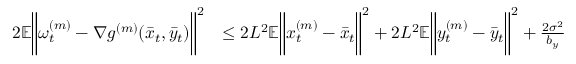
\begin{array} { r l } { 2 \mathbb { E } \bigg \| \omega _ { t } ^ { ( m ) } - \nabla g ^ { ( m ) } ( \bar { x } _ { t } , \bar { y } _ { t } ) \bigg \| ^ { 2 } } & { \leq 2 L ^ { 2 } \mathbb { E } \bigg \| x _ { t } ^ { ( m ) } - \bar { x } _ { t } \bigg \| ^ { 2 } + 2 L ^ { 2 } \mathbb { E } \bigg \| y _ { t } ^ { ( m ) } - \bar { y } _ { t } \bigg \| ^ { 2 } + \frac { 2 \sigma ^ { 2 } } { b _ { y } } } \end{array}